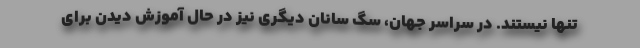
تنها نیستند. در سراسر جهان، سگ سانان دیگری نیز در حال آموزش دیدن برای